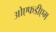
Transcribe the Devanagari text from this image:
ओएफडीएम